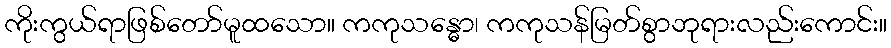
ကိုးကွယ်ရာဖြစ်တော်မူထသော။ ကကုသန္ဓော၊ ကကုသန်မြတ်စွာဘုရားလည်းကောင်း။